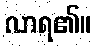
လာရ၏။